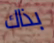
بذاك